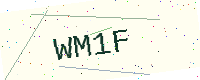
Text: WM1F